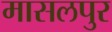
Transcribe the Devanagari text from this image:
मासलपुर